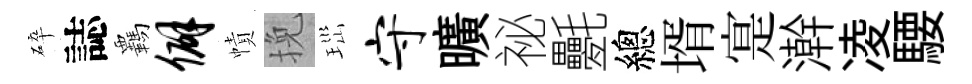
碎誌覊僻幘挽𤤼守曠祕氎總壻寔澣凌騕